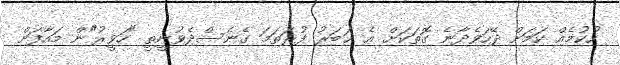
ހުކުމެއް ކަމަށް ދޭހަވެދާނެ ގޮތަކަށް އެ ޚަބަރު ފުރަތަމަ ގެނެސްދެވުނީތީ "ހަވީރު"ން މައާފަށް